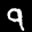
Label: 9